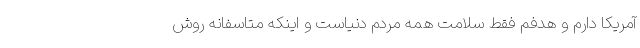
آمریکا دارم و هدفم فقط سلامت همه مردم دنیاست و اینکه متاسفانه روش